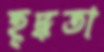
হূদ্ধতা